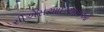
સીએસઆઇઆરઓ